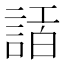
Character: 𧨿